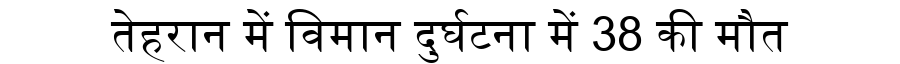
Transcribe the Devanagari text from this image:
तेहरान में विमान दुर्घटना में 38 की मौत